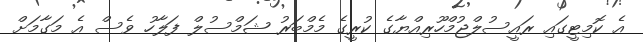
އެ ކޮމިޓީގައި ރައީސުލްޖުމްހޫރިއްޔާގެ ކުރީގެ މެމްބަރު ޝަމްސުލް ފަލާހު ވެސް އެ މަގާމަށް